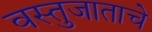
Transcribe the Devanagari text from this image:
वस्तुजाताचे